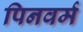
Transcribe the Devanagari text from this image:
पिनवर्म